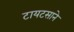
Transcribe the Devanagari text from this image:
टायटसाने